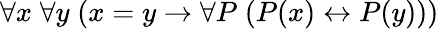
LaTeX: \forall x\; \forall y\; (x=y\rightarrow\forall P\; (P(x)\leftrightarrow P(y)))